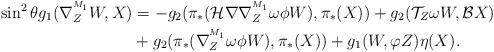
LaTeX: \begin{align*}\sin^{2}\theta g_{1}(\nabla^{^{M_1}}_{Z}W,X)&=-g_{2}(\pi_{\ast}(\mathcal{H}\nabla\nabla^{^{M_1}}_{Z}\omega\phi W),\pi _{\ast}(X))+g_{2}(\mathcal{T}_{Z}\omega W,\mathcal{B}X)\\&+g_{2}(\pi_*(\nabla^{^{M_1}}_{Z}\omega\phi W),\pi_*(X))+g_{1}(W,\varphi Z)\eta(X).\end{align*}